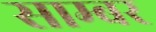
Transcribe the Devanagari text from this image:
साम्बर